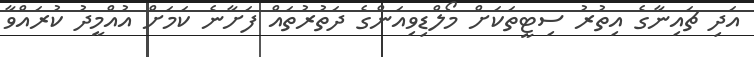
އަދި ޗައިނާގެ އިތުރު ސިޓީތަކަށް މޯލްޑިވިއަންގެ ދަތުރުތައް ފަށާނެ ކަމަށް އުއްމީދު ކުރައްވާ